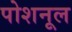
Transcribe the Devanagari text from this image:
पोशनूल